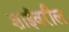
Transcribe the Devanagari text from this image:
शाईवरील